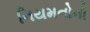
નિયમનોનો